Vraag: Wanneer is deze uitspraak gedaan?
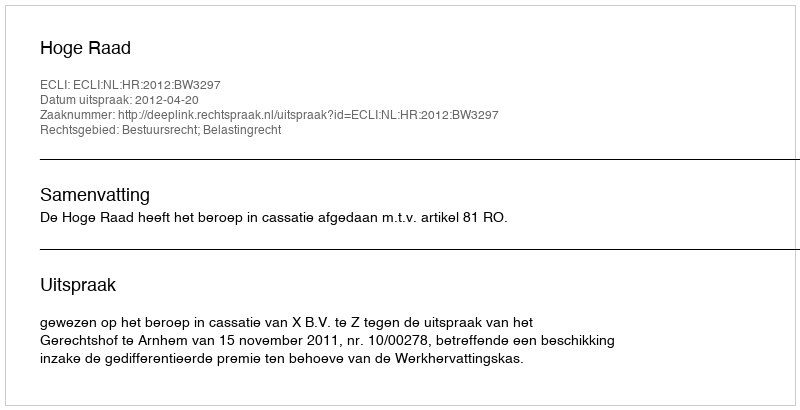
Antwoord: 2012-04-20